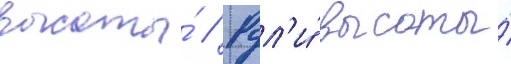
высоты́ // Рул'и́ высоты́